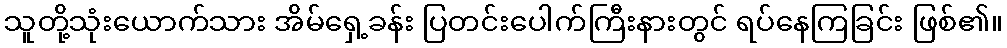
သူတို့သုံးယောက်သား အိမ်ရှေ့ခန်း ပြတင်းပေါက်ကြီးနားတွင် ရပ်နေကြခြင်း ဖြစ်၏။